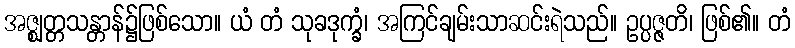
အဇ္ဈတ္တသန္တာန်၌ဖြစ်သော။ ယံ တံ သုခဒုက္ခံ၊ အကြင်ချမ်းသာဆင်းရဲသည်။ ဥပ္ပဇ္ဇတိ၊ ဖြစ်၏။ တံ